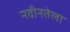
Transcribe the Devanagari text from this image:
नवीनतेला